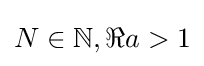
N\in \mathbb {N} ,\Re a>1